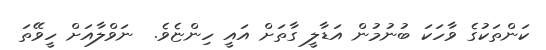
ކަންތަކުގެ ވާހަކަ ބުނުމުން އަޑާލީ ގާތަށް އައީ ހިންޏެވެ.  ނަވްލާއަށް ހީވޭތަ